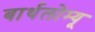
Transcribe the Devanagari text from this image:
बार्थलोम्यू